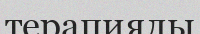
терапиялы